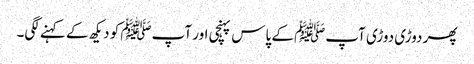
پھر دوڑی دوڑی آپﷺ کے پاس پہنچی اور آپﷺ کو دیکھ کے کہنے لگی۔